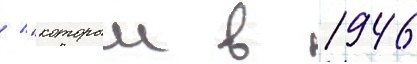
/ "которыи в 1946